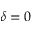
\delta = 0